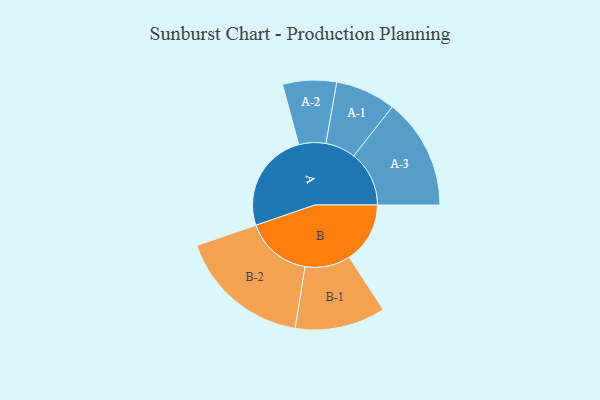
{"axis": {"x": "Segment", "y": "Value"}, "legend": ["", "A", "B"], "data": [{"x": "A", "y": 426, "type": ""}, {"x": "B", "y": 258, "type": ""}, {"x": "A-1", "y": 128, "type": "A"}, {"x": "A-2", "y": 114, "type": "A"}, {"x": "A-3", "y": 235, "type": "A"}, {"x": "B-1", "y": 192, "type": "B"}, {"x": "B-2", "y": 281, "type": "B"}]}